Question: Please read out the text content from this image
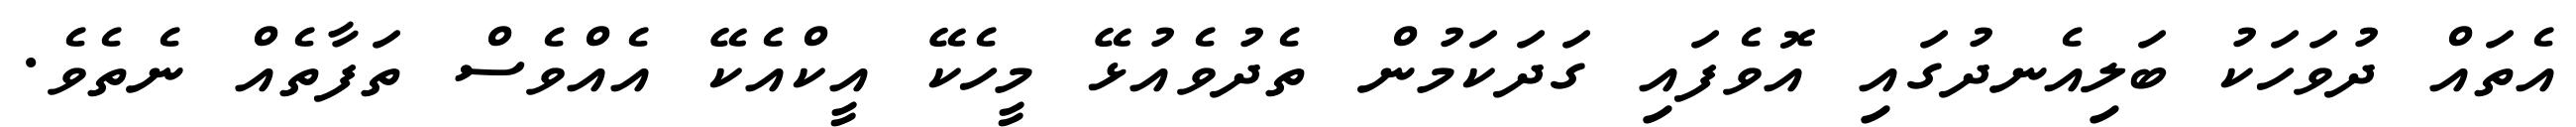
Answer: އެތައް ދުވަހަކު ބަލިއެނދުގައި އޮވެފައި ގަދަކަމުން ތެދުވެއުޅޭ މީހެކޭ އީކްއެކޭ އެއްވެސް ތަފާތެއް ނެތެވެ.